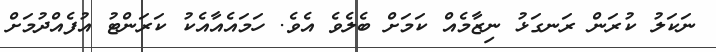
ނަކަލު ކުރަން ރަނގަޅު ނިޒާމެއް ކަމަށް ބެލެވެ އެވެ. ހަމައެއާއެކު ކަރަންޓު އުފެއްދުމަށް